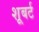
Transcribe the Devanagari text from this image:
शूबर्ट